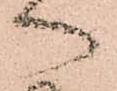
へ